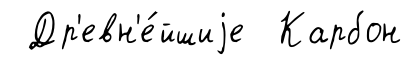
Др'евн'е́йшиjе Карбон